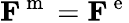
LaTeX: {\mathbf F}^{\mathrm{~m~}}={\mathbf F}^{\mathrm{~e~}}